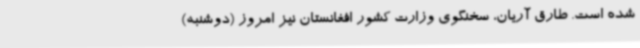
شده است. طارق آریان، سخنگوی وزارت کشور افغانستان نیز امروز (دوشنبه)